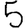
Digit: 5